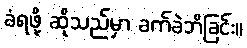
ခံရဖို့ ဆိုသည်မှာ ခက်ခဲဘိခြင်း။